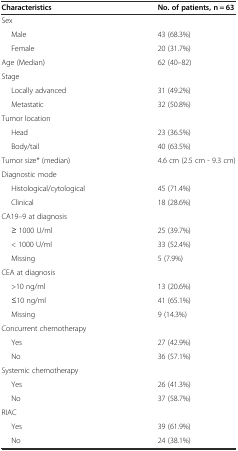
| Characteristics | No. of patients, n = 63 |
 | --- | --- |
 | Sex |  |
 | Male | 43 (68.3%) |
 | Female | 20 (31.7%) |
 | Age (Median) | 62 (40–82) |
 | Stage |  |
 | Locally advanced | 31 (49.2%) |
 | Metastatic | 32 (50.8%) |
 | Tumor location |  |
 | Head | 23 (36.5%) |
 | Body/tail | 40 (63.5%) |
 | Tumor size* (median) | 4.6 cm (2.5 cm - 9.3 cm) |
 | Diagnostic mode |  |
 | Histological/cytological | 45 (71.4%) |
 | Clinical | 18 (28.6%) |
 | CA19–9 at diagnosis |  |
 | ≥ 1000 U/ml | 25 (39.7%) |
 | < 1000 U/ml | 33 (52.4%) |
 | Missing | 5 (7.9%) |
 | CEA at diagnosis |  |
 | >10 ng/ml | 13 (20.6%) |
 | ≤10 ng/ml | 41 (65.1%) |
 | Missing | 9 (14.3%) |
 | Concurrent chemotherapy |  |
 | Yes | 27 (42.9%) |
 | No | 36 (57.1%) |
 | Systemic chemotherapy |  |
 | Yes | 26 (41.3%) |
 | No | 37 (58.7%) |
 | RIAC |  |
 | Yes | 39 (61.9%) |
 | No | 24 (38.1%) |